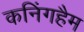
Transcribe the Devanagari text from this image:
कनिंगहैम